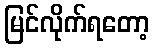
မြင်လိုက်ရတော့